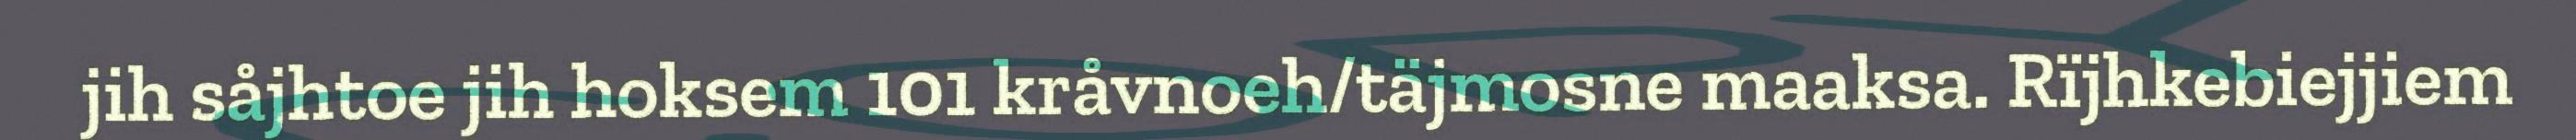
jih såjhtoe jih hoksem 101 kråvnoeh/täjmosne maaksa. Rïjhkebiejjiem